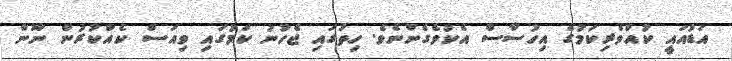
އަޑުއައީ ކުއްވެރިކަމުގެ އިހުސާސް އެކުވެގެންނެވެ. ހިތުގައި ޖެހުނު ކަމުގައި ވިއަސް ކެއްކުރުން ނޫން